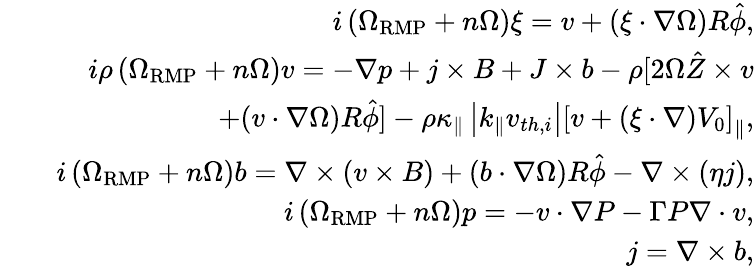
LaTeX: \begin{array}{rlr}&{}&{i\left(\Omega_{\mathrm{RMP}}+n\Omega\right)\xi=v+(\xi\cdot\nabla\Omega)R\hat{\phi},}\\ &{}&{i\rho\left(\Omega_{\mathrm{RMP}}+n\Omega\right)v=-\nabla p+j\times B+J\times b-\rho[2\Omega\hat{Z}\times v}\\ &{}&{\qquad+(v\cdot\nabla\Omega)R\hat{\phi}]-\rho\kappa_{\| }\left|k_{\| }v_{th,i}\right|\left[v+(\xi\cdot\nabla)V_{0}\right]_{\| },}\\ &{}&{i\left(\Omega_{\mathrm{RMP}}+n\Omega\right)b=\nabla\times(v\times B)+(b\cdot\nabla\Omega)R\hat{\phi}-\nabla\times(\eta j),}\\ &{}&{i\left(\Omega_{\mathrm{RMP}}+n\Omega\right)p=-v\cdot\nabla P-\Gamma P\nabla\cdot v,}\\ &{}&{j=\nabla\times b,}\end{array}